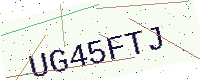
Text: UG45FTJ